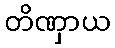
တိဏှာယ